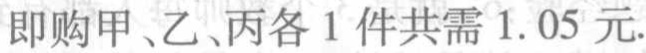
即购甲、乙、丙各 1 件共需 1.05 元.